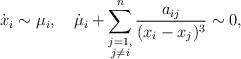
LaTeX: \begin{align*}\dot{x}_i\sim\mu_i,\quad\dot{\mu}_i+\sum^n_{\substack{j=1,\\j\not=i}}\frac{a_{ij}}{(x_i-x_j)^3}\sim 0,\end{align*}